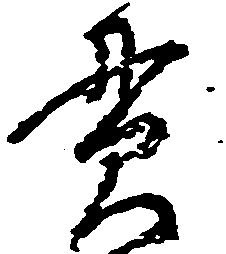
貫